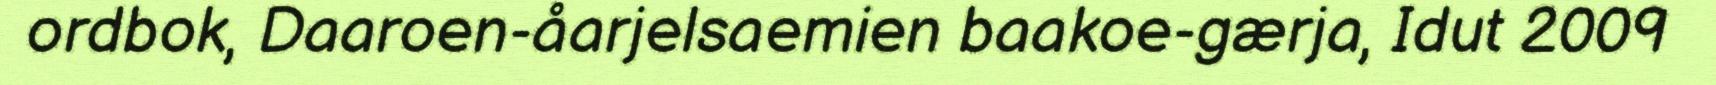
ordbok, Daaroen-åarjelsaemien baakoe-gærja, Idut 2009